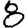
Digit: 8